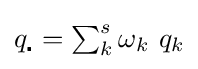
{\textstyle q_{\centerdot }=\sum _{k}^{s}\omega _{k}\ q_{k}}